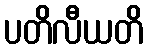
ပတိလီယတိ